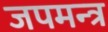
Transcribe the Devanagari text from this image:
जपमन्त्र